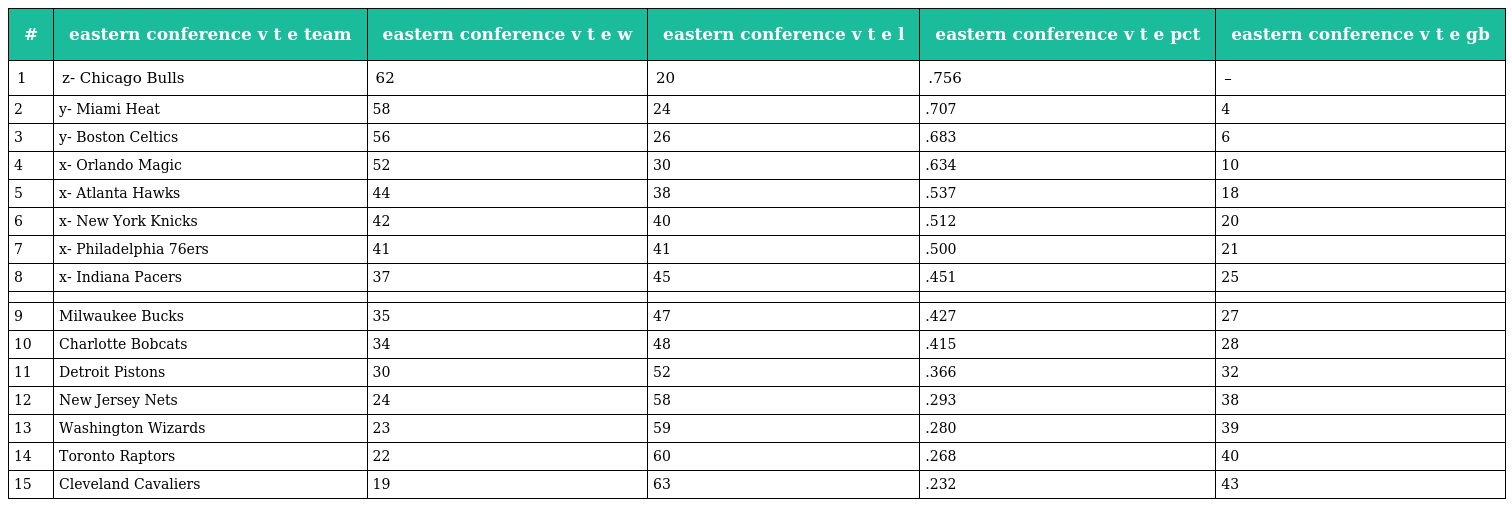
| # | eastern conference v t e team | eastern conference v t e w | eastern conference v t e l | eastern conference v t e pct | eastern conference v t e gb |
 | --- | --- | --- | --- | --- | --- |
 | 1 | z- Chicago Bulls | 62 | 20 | .756 | – |
 | 2 | y- Miami Heat | 58 | 24 | .707 | 4 |
 | 3 | y- Boston Celtics | 56 | 26 | .683 | 6 |
 | 4 | x- Orlando Magic | 52 | 30 | .634 | 10 |
 | 5 | x- Atlanta Hawks | 44 | 38 | .537 | 18 |
 | 6 | x- New York Knicks | 42 | 40 | .512 | 20 |
 | 7 | x- Philadelphia 76ers | 41 | 41 | .500 | 21 |
 | 8 | x- Indiana Pacers | 37 | 45 | .451 | 25 |
 |  |  |  |  |  |  |
 | 9 | Milwaukee Bucks | 35 | 47 | .427 | 27 |
 | 10 | Charlotte Bobcats | 34 | 48 | .415 | 28 |
 | 11 | Detroit Pistons | 30 | 52 | .366 | 32 |
 | 12 | New Jersey Nets | 24 | 58 | .293 | 38 |
 | 13 | Washington Wizards | 23 | 59 | .280 | 39 |
 | 14 | Toronto Raptors | 22 | 60 | .268 | 40 |
 | 15 | Cleveland Cavaliers | 19 | 63 | .232 | 43 |